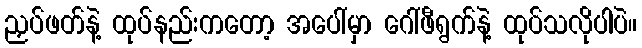
ညှပ်ဖတ်နဲ့ ထုပ်နည်းကတော့ အပေါ်မှာ ဂေါ်ဖီရွက်နဲ့ ထုပ်သလိုပါပဲ။